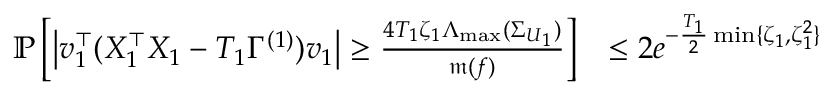
\begin{array} { r l } { \mathbb P \left[ \left\vert \boldsymbol { v } _ { 1 } ^ { \top } ( X _ { 1 } ^ { \top } X _ { 1 } - T _ { 1 } \Gamma ^ { ( 1 ) } ) \boldsymbol { v } _ { 1 } \right\vert \geq \frac { 4 T _ { 1 } \zeta _ { 1 } \Lambda _ { \operatorname* { m a x } } ( \Sigma _ { \boldsymbol { U } _ { 1 } } ) } { \mathfrak m ( f ) } \right] } & { \leq 2 e ^ { - \frac { T _ { 1 } } { 2 } \operatorname* { m i n } \{ \zeta _ { 1 } , \zeta _ { 1 } ^ { 2 } \} } } \end{array}